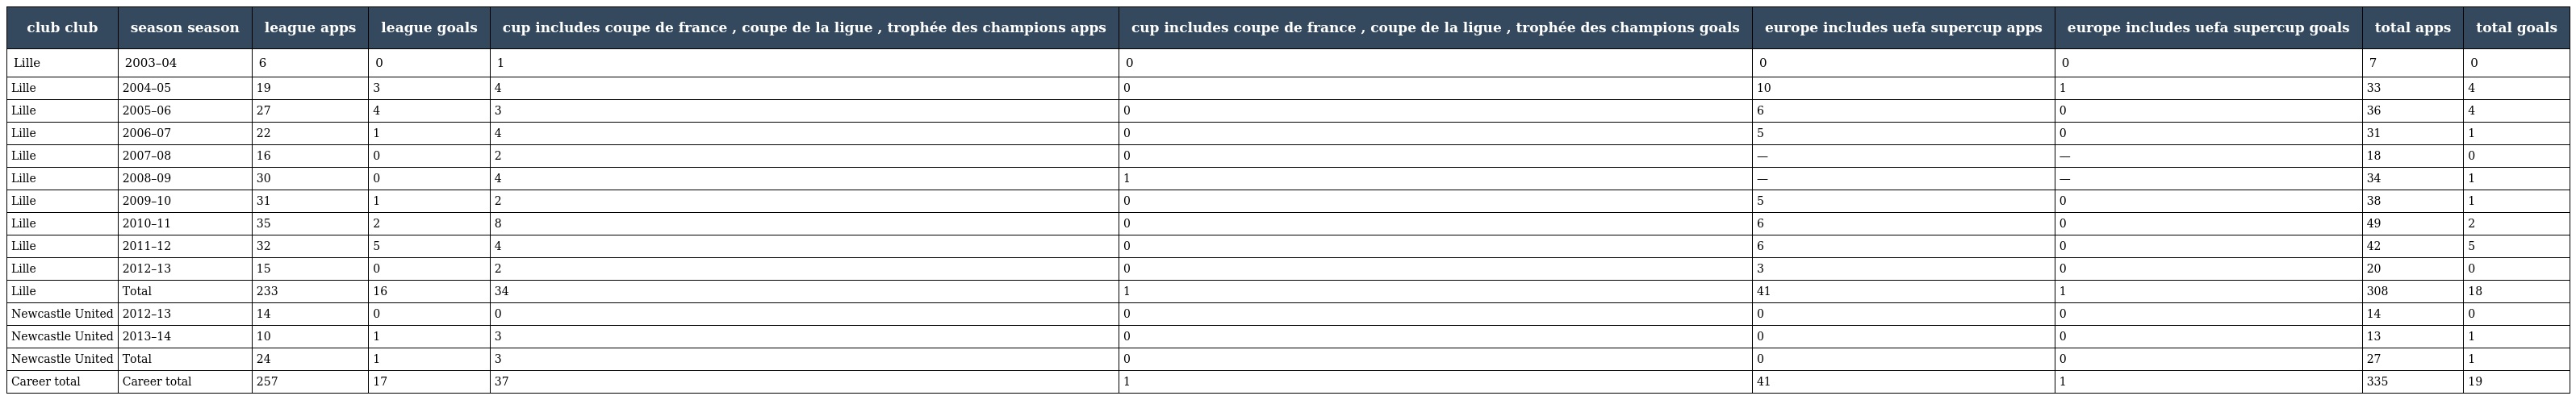
| club club | season season | league apps | league goals | cup includes coupe de france , coupe de la ligue , trophée des champions apps | cup includes coupe de france , coupe de la ligue , trophée des champions goals | europe includes uefa supercup apps | europe includes uefa supercup goals | total apps | total goals |
 | --- | --- | --- | --- | --- | --- | --- | --- | --- | --- |
 | Lille | 2003–04 | 6 | 0 | 1 | 0 | 0 | 0 | 7 | 0 |
 | Lille | 2004–05 | 19 | 3 | 4 | 0 | 10 | 1 | 33 | 4 |
 | Lille | 2005–06 | 27 | 4 | 3 | 0 | 6 | 0 | 36 | 4 |
 | Lille | 2006–07 | 22 | 1 | 4 | 0 | 5 | 0 | 31 | 1 |
 | Lille | 2007–08 | 16 | 0 | 2 | 0 | — | — | 18 | 0 |
 | Lille | 2008–09 | 30 | 0 | 4 | 1 | — | — | 34 | 1 |
 | Lille | 2009–10 | 31 | 1 | 2 | 0 | 5 | 0 | 38 | 1 |
 | Lille | 2010–11 | 35 | 2 | 8 | 0 | 6 | 0 | 49 | 2 |
 | Lille | 2011–12 | 32 | 5 | 4 | 0 | 6 | 0 | 42 | 5 |
 | Lille | 2012–13 | 15 | 0 | 2 | 0 | 3 | 0 | 20 | 0 |
 | Lille | Total | 233 | 16 | 34 | 1 | 41 | 1 | 308 | 18 |
 | Newcastle United | 2012–13 | 14 | 0 | 0 | 0 | 0 | 0 | 14 | 0 |
 | Newcastle United | 2013–14 | 10 | 1 | 3 | 0 | 0 | 0 | 13 | 1 |
 | Newcastle United | Total | 24 | 1 | 3 | 0 | 0 | 0 | 27 | 1 |
 | Career total | Career total | 257 | 17 | 37 | 1 | 41 | 1 | 335 | 19 |